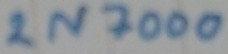
Text: 2N7000